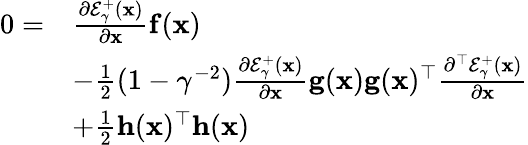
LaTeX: \begin{array}{rl}{0=}&{\frac{\partial\mathcal{E}_{\gamma}^{+}(\mathbf{x})}{\partial\mathbf{x}}\mathbf{f}(\mathbf{x})}\\ &{-\frac{1}{2}(1-\gamma^{-2})\frac{\partial\mathcal{E}_{\gamma}^{+}(\mathbf{x})}{\partial\mathbf{x}}\mathbf{g}(\mathbf{x})\mathbf{g}(\mathbf{x})^{\top}\frac{\partial^{\top}\mathcal{E}_{\gamma}^{+}(\mathbf{x})}{\partial\mathbf{x}}}\\ &{+\frac{1}{2}\mathbf{h}(\mathbf{x})^{\top}\mathbf{h}(\mathbf{x})}\end{array}